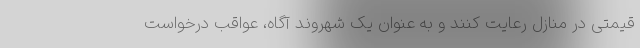
قیمتی در منازل رعایت کنند و به عنوان یک شهروند آگاه، عواقب درخواست